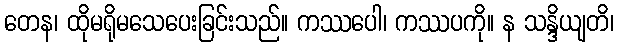
တေန၊ ထိုမရိုမသေပေးခြင်းသည်။ ကဿပေါ၊ ကဿပကို။ န သန္ဒိယျတိ၊